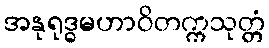
အနုရုဒ္ဓမဟာဝိတက္ကသုတ္တံ